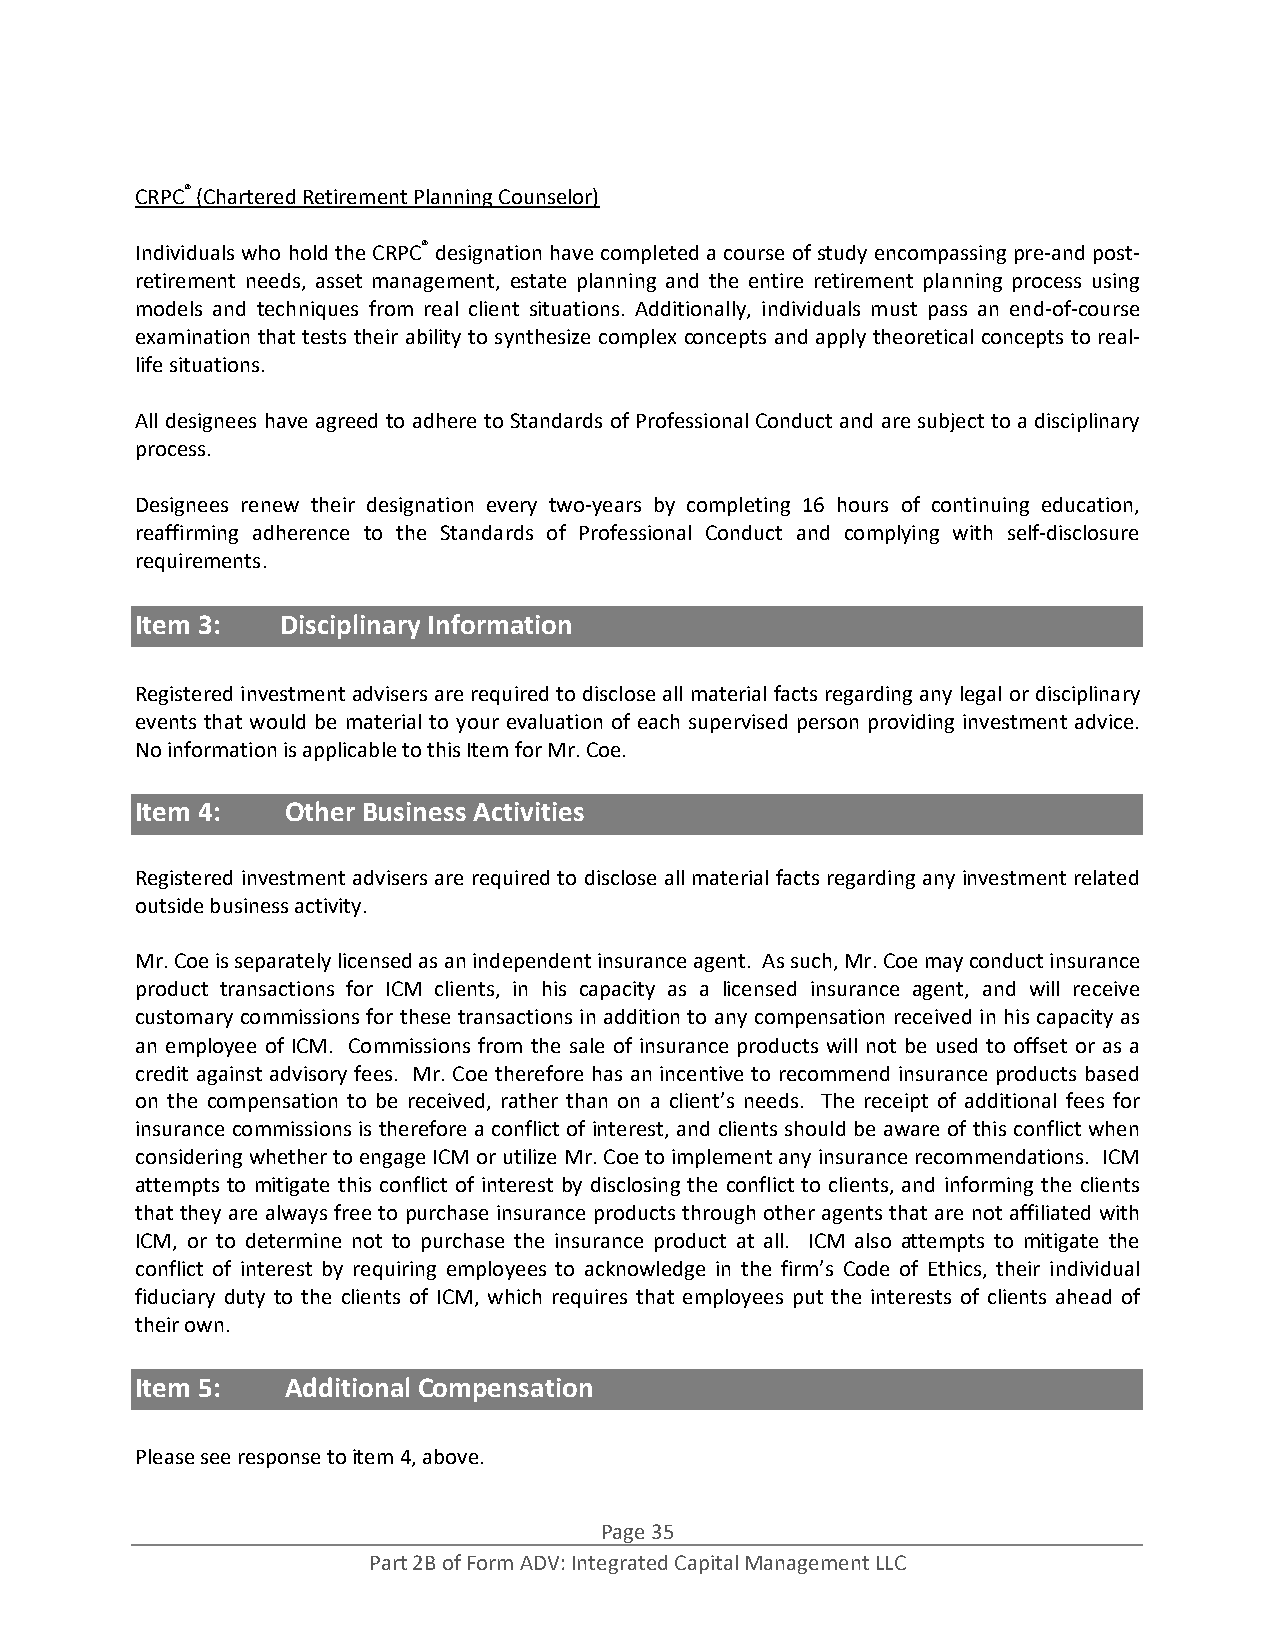
CRPC® (Chartered Retirement Planning Counselor)
 Individuals who hold the CRPC® designation have completed a course of study encompassing pre‐and post‐
 retirement needs, asset management, estate planning and the entire retirement planning process using
 models and techniques from real client situations. Additionally, individuals must pass an end‐of‐course
 examination that tests their ability to synthesize complex concepts and apply theoretical concepts to real‐
 life situations.
 All designees have agreed to adhere to Standards of Professional Conduct and are subject to a disciplinary
 process.
 Designees renew their designation every two‐years by completing 16 hours of continuing education,
 reaffirming adherence to the Standards of Professional Conduct and complying with self‐disclosure
 requirements.
 Item 3:   Disciplinary Information
 Registered investment advisers are required to disclose all material facts regarding any legal or disciplinary
 events that would be material to your evaluation of each supervised person providing investment advice.
 No information is applicable to this Item for Mr. Coe.
 Item 4:   Other Business Activities
 Registered investment advisers are required to disclose all material facts regarding any investment related
 outside business activity.
 Mr. Coe is separately licensed as an independent insurance agent. As such, Mr. Coe may conduct insurance
 product transactions for ICM clients, in his capacity as a licensed insurance agent, and will receive
 customary commissions for these transactions in addition to any compensation received in his capacity as
 an employee of ICM. Commissions from the sale of insurance products will not be used to offset or as a
 credit against advisory fees. Mr. Coe therefore has an incentive to recommend insurance products based
 on the compensation to be received, rather than on a client’s needs. The receipt of additional fees for
 insurance commissions is therefore a conflict of interest, and clients should be aware of this conflict when
 considering whether to engage ICM or utilize Mr. Coe to implement any insurance recommendations. ICM
 attempts to mitigate this conflict of interest by disclosing the conflict to clients, and informing the clients
 that they are always free to purchase insurance products through other agents that are not affiliated with
 ICM, or to determine not to purchase the insurance product at all. ICM also attempts to mitigate the
 conflict of interest by requiring employees to acknowledge in the firm’s Code of Ethics, their individual
 fiduciary duty to the clients of ICM, which requires that employees put the interests of clients ahead of
 their own.
 Item 5:   Additional Compensation
 Please see response to item 4, above.
 Page 35
 Part 2B of Form ADV: Integrated Capital Management LLC